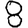
Digit: 8